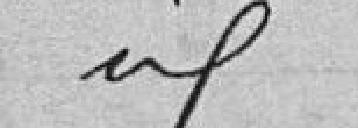
idem